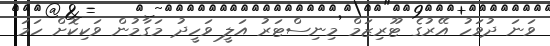
ވަނަ ދުވަހު އޭރުގެ ޓޫރިޒަމް މިނިސްޓަރު އަލީ ވަހީދު މަގާމުން ވަކިކޮށް ހަމަ